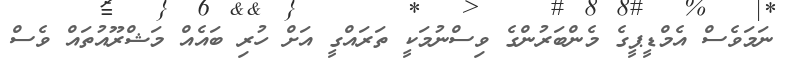
ނަމަވެސް އެމްޑީޕީގެ މެންބަރުންގެ ވިސްނުމަކީ ތަރައްގީ އަށް ހުރި ބައެއް މަޝްރޫއުތައް ވެސް